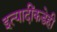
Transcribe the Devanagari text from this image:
इत्यादींकडेही